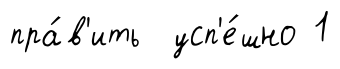
пра́в'ить усп'е́шно 1